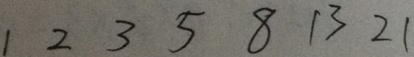
1 2 3 5 8 1 3 2 1